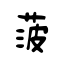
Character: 菠